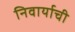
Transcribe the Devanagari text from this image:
निवार्याची